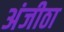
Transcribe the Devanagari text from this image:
अंजीठा